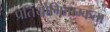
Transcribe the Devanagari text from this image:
प्रतियोगिताम्कता